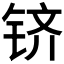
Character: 𬭉